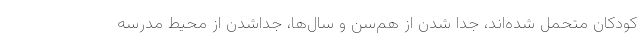
کودکان متحمل شده‌اند، جدا شدن از هم‌سن و سال‌ها، جداشدن از محیط مدرسه